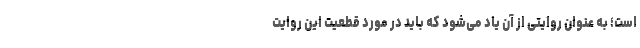
است؛ به عنوان روایتی از آن یاد می‌شود که باید در مورد قطعیت این روایت